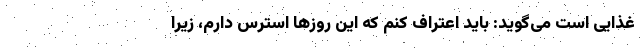
غذایی است می‌گوید: باید اعتراف کنم که این روز‌ها استرس دارم، زیرا